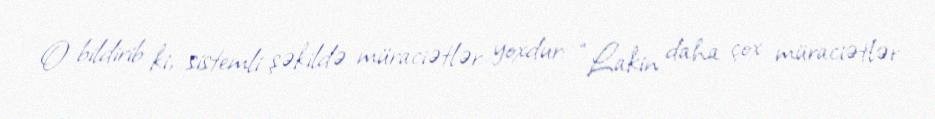
O bildirib ki, sistemli şəkildə müraciətlər yoxdur: “Lakin daha çox müraciətlər